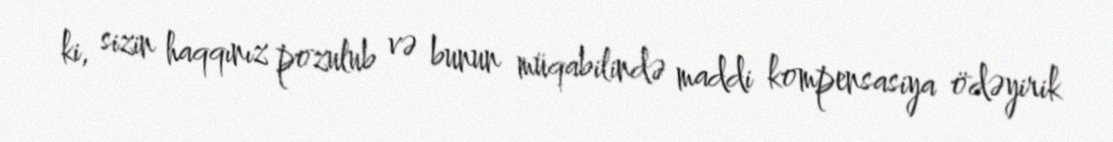
ki, sizin haqqınız pozulub və bunun müqabilində maddi kompensasiya ödəyirik